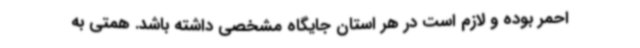
احمر بوده و لازم است در هر استان جایگاه مشخصی داشته باشد. همتی به